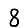
Digit: 8